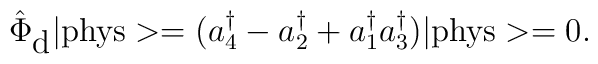
\hat\Phi_{\mbox{d}}\vert \mbox{phys}>=(a^\dagger_4-a^\dagger_2+a^\dagger_1a^\dagger_3)\vert \mbox{phys}>=0.